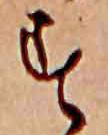
す